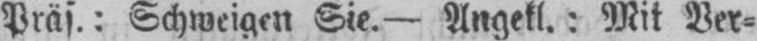
Präs,: Schweigen Sie. - Angekt.: Mit Ver⸗